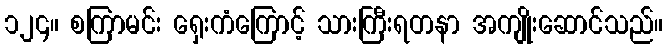
၁၂၄။ စကြာမင်း ရှေးကံကြောင့် သားကြီးရတနာ အကျိုးဆောင်သည်။